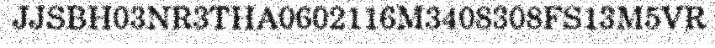
JJSBH03NR3THA0602116M3408308FS13M5VR